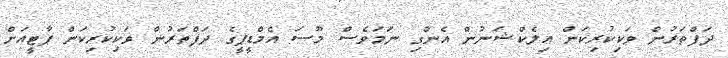
ދަފްތަރުން ވަކިކުރިކަން އިލެކްޝަނުން އެންގި ނަމަވެސް މޫސަ އެމްޑީޕީގެ ދަފްތަރުން ވަކިކުރިކަން ޕާޓީއަށް